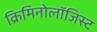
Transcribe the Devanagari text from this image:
क्रिमिनोलॉजिस्ट